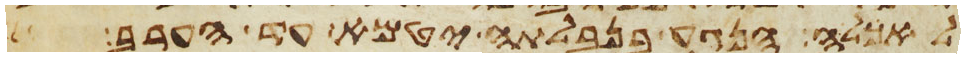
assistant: לאכלה הנגע בנבלתה יטמא עד הערב